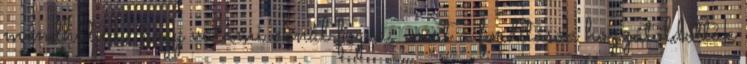
mondhatjuk, hogy valami oknál fogva, mert a fordítások hozzátoldották